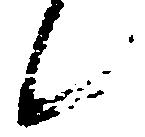
歟